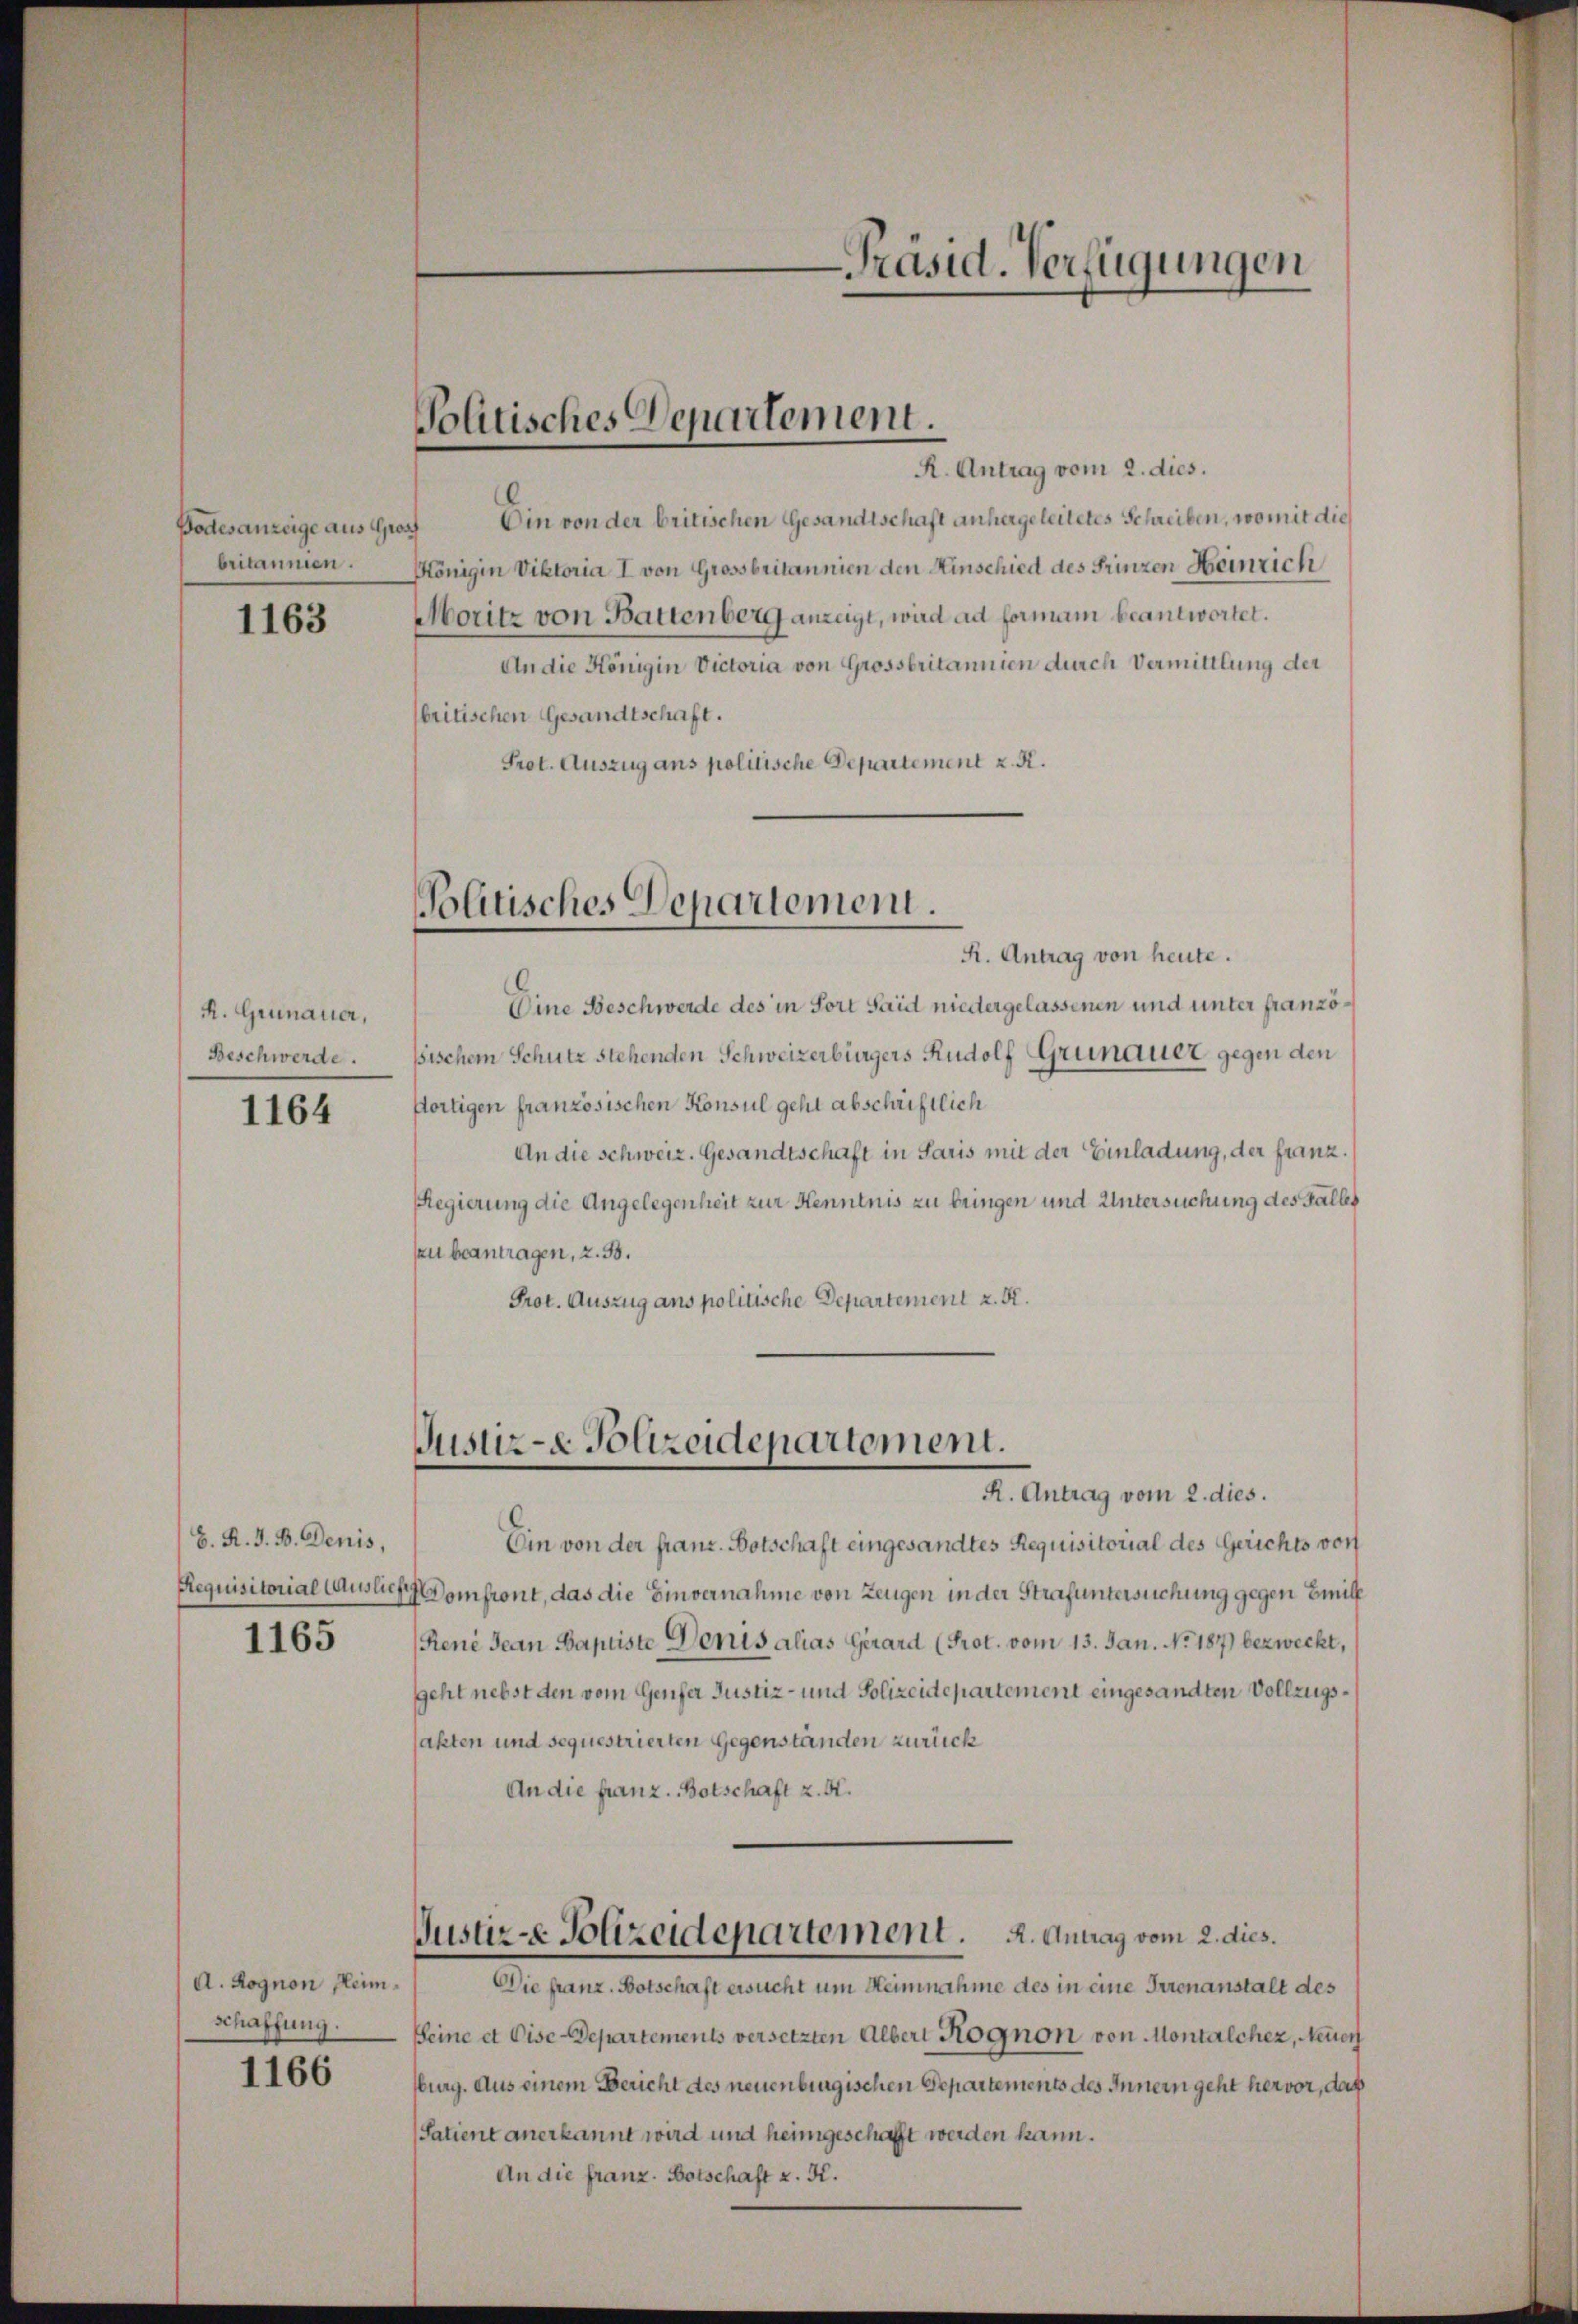
Bodesanzeige aus Gross
britannen.

1163

R. Grünauer,
Beschwerde.

1164

H. R. V. B. Denis,
Requisitorial Ausliefe
1165

A. Rognon Heimschaffung.

1166

Politisches Departement.

R. Antrag vom 2. dies.
Ein von der britischen Gesandtschaft anhergeleitetes Schreiben, womit die
Königin Viktoria I von Grossbritannien den Hinschied des Prinzen Heinrich
Moritz von Battenberg anzeigt, wird ad formani beantwortet.
An die Königin Victoria von Grossbritannien durch Vermittlung der
britischen Gesandtschaft.
Prot. Auszug ans politische Departement z. R.

olitisches Departemoni.

R. Antrag von heute.
Eine Beschwerde des in Fort Said niedergelassenen und unter französischem Schutz stehenden Schweizerbürgers Rudolf Grünauer gegen den
fortigen französischen Konsul geht abschriftlich
An die schweiz. Gesandtschaft in Paris mit der Einladung, der franz.
Regierung die Angelegenheit zur Kenntnis zu bringen und Untersuchung des Falles
su beantragen, 2. 33.
Prot. Auszug ans politische Departement z. B.

Justiz- & Polizeidepartement.
R. Antrag vom 2. dies.

Justiz-e Polizeidepartement. A. Antrag vom 2. dies.
Die franz. Botschaft ersucht um Heimnahme des in eine Trienanstalt des

-Präsid. Verfügungen

Ein von der franz. Botschaft eingesandtes Requisitorial des Gerichts vorf
Domfront, das die Einvernahme von Zeugen in der Strafuntersuchung gegen Emilf
René Jean Baptiste Denis alias Gerard (Prot. vom 13. Jan. No. 187) bezweckt,
geht nebst den vom Genfer Justiz- und Polizeidepartement eingesandten Vollzugssakten und sequestrierten Gegenständen zurück
An die franz. Botschaft z. B.

seine et Dise-Departements versetzten Albert Kognon von Montalcher, Neuen
Burg. Aus einem Bericht des neuenburgischen Departements des Innern geht hervor, daß
Satient anerkannt wird und heimgeschafft werden kann.
An die franz. Botschaft v. K.